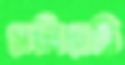
সেলিব্রেটি